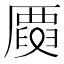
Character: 𠪳